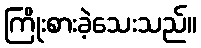
ကြိုးစားခဲ့သေးသည်။